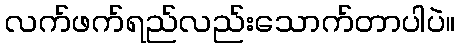
လက်ဖက်ရည်လည်းသောက်တာပါပဲ။